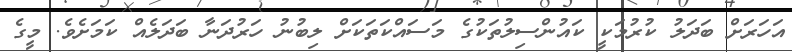
އަހަރަށް ބަދަލު ކުރުމަކީ ކައުންސިލުތަކުގެ މަސައްކަތަކަށް ލިބުނު ހަރުދަނާ ބަދަލެއް ކަމަށެވެ. މީގެ